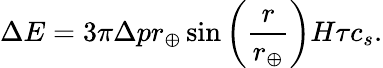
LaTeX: \Delta E=3\pi\Delta pr_{\oplus}\sin\left(\frac{r}{r_{\oplus}}\right)H\tau c_{s}.